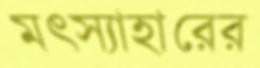
মত্স্যাহারের